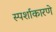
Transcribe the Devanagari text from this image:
स्पर्शाकारणे